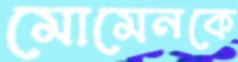
মোমেনকে